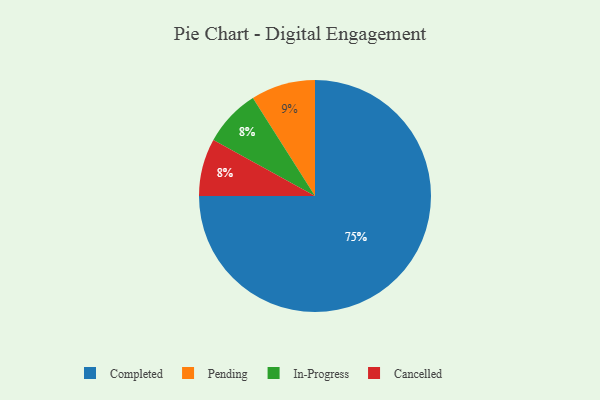
{"axis": {"x": "Category", "y": "Percentage"}, "legend": ["Cancelled", "Completed", "In-Progress", "Pending"], "data": [{"x": "Pending", "y": 9, "type": "Pending"}, {"x": "In-Progress", "y": 8, "type": "In-Progress"}, {"x": "Completed", "y": 75, "type": "Completed"}, {"x": "Cancelled", "y": 8, "type": "Cancelled"}]}